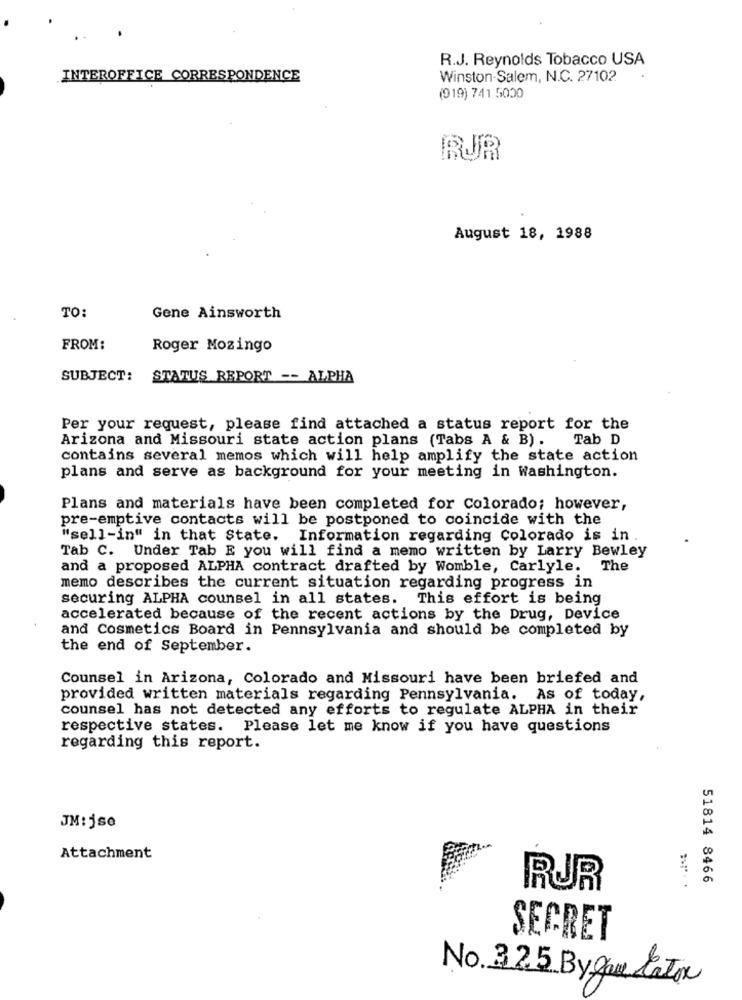
R.J. Reynolds Tobacco USA
INTEROFFICE CORRESPONDENCE
Winston-Salem, N.C. 27102
(919) 741 5000
RUR
August 18, 1988
TO:
Gene Ainsworth
FROM:
Roger Mozingo
SUBJECT: STATUS REPORT -- ALPHA
Per your request, please find attached a status report for the
Arizona and Missouri state action plans (Tabs A & B). Tab D
contains several memos which will help amplify the state action
plans and serve as background for your meeting in Washington.
Plans and materials have been completed for Colorado; however,
pre-emptive contacts will be postponed to coincide with the
"sell-in" in that State. Information regarding Colorado is in .
Tab C. Under Tab E you will find a memo written by Larry Bewley
and a proposed ALPHA contract drafted by Womble, Carlyle. The
memo describes the current situation regarding progress in
securing ALPHA counsel in all states. This effort is being
accelerated because of the recent actions by the Drug, Device
and Cosmetics Board in Pennsylvania and should be completed by
the end of September.
Counsel in Arizona, Colorado and Missouri have been briefed and
provided written materials regarding Pennsylvania. As of today,
counsel has not detected any efforts to regulate ALPHA in their
respective states. Please let me know if you have questions
regarding this report.
JM:jse
Attachment
51814 8466
RUR
SECRET
No. 325 Bygame latox